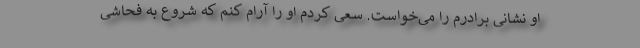
او نشانی برادرم را می‌خواست. سعی کردم او را آرام کنم که شروع به فحاشی